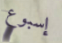
إسبوع